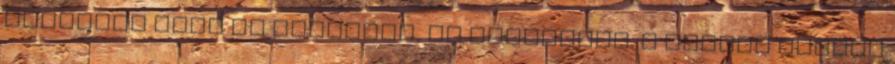
mindjárt bele is illeszti, és rápöffent. A szivar szépen